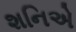
શનિએ